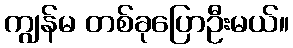
ကျွန်မ တစ်ခုပြောဦးမယ်။